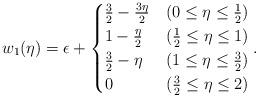
LaTeX: \begin{align*} w_1(\eta) = \epsilon+ \begin{cases} \frac{3}{2}-\frac{3\eta}{2} & (0\leq\eta\leq\frac{1}{2})\\ 1-\frac{\eta}{2} & (\frac{1}{2}\leq\eta\leq 1)\\ \frac{3}{2}-\eta & (1\leq\eta\leq\frac{3}{2})\\ 0 & (\frac{3}{2}\leq\eta\leq 2) \end{cases} .\end{align*}